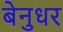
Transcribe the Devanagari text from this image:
बेनुधर